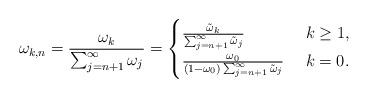
LaTeX: \begin{align*}\omega_{k,n}= \frac{\omega_k}{\sum_{j=n+1}^\infty \omega_j} = \begin{cases}\frac{\tilde{\omega}_k}{\sum_{j=n+1}^\infty \tilde{\omega}_j} & ~ k \ge 1, \\\frac{\omega_0}{(1-\omega_0) \sum_{j=n+1}^\infty \tilde{\omega}_j} & ~ k =0 .\end{cases}\end{align*}